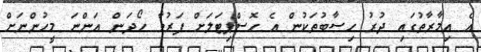
އެ އިމާރާތުގައި ދުރު ހިސާބުތަކުން އެ ހޮސްޕިޓަލަށް ފަރުވާ ހޯދަން އަންނަ މީހުންނަށް